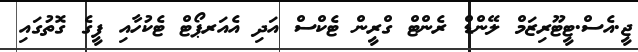
ޖީ.އެސް.ޓީޓޫރިޒަމް ލޭންޑް ރެންޓް ގްރީން ޓެކްސް އަދި އެއަރޕޯޓް ޓެކުހާއި ފީގެ ގޮތުގައި